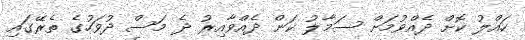
ހައްލު ކޮށް ދެއްވުމަށް ސަމާލު ކަން ދެއްވާއިރު ދެ މަސް ދުވަހުގެ ތެރޭގައި